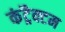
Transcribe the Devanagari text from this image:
कंट्रैक्टम